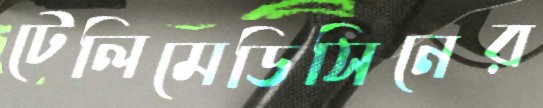
টেলিমেডিসিনের